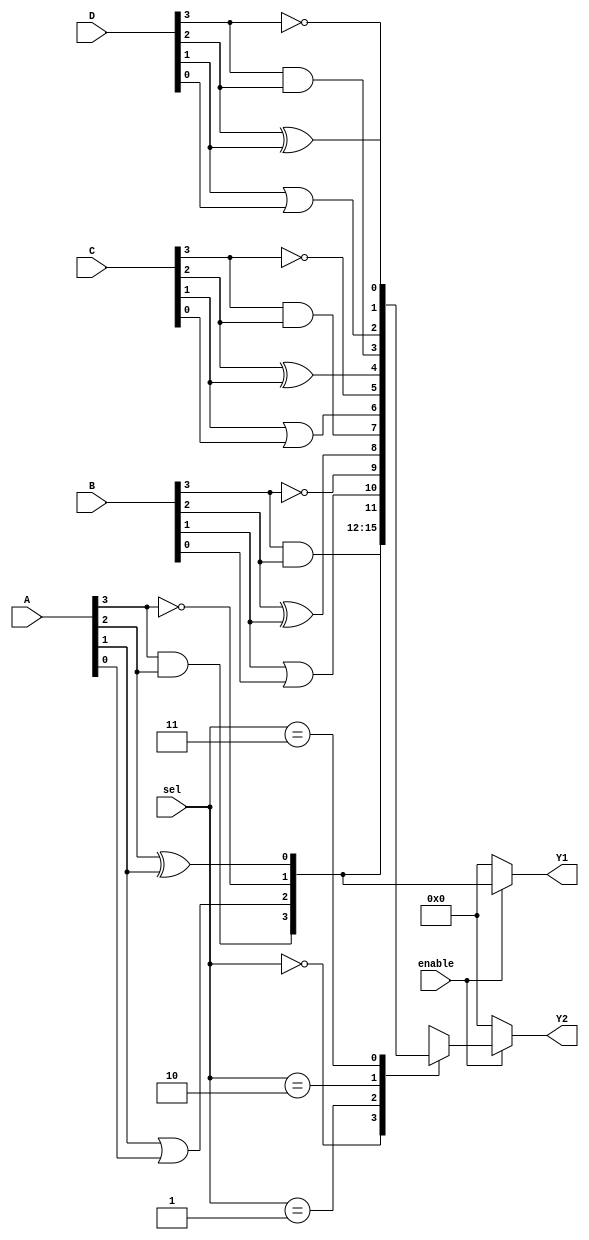
module CLB (
    input wire [3:0] A,    // 4-bit input for LUT1
    input wire [3:0] B,    // 4-bit input for LUT2
    input wire [3:0] C,    // 4-bit input for LUT3
    input wire [3:0] D,    // 4-bit input for LUT4
    input wire [1:0] sel,   // Select signal for MUX
    input wire enable,      // Enable signal for outputs
    output wire [3:0] Y1,   // Output from LUT1
    output wire [3:0] Y2    // Output from MUX
);

// Look-Up Tables (LUTs) implementation
reg [3:0] LUT1;
reg [3:0] LUT2;
reg [3:0] LUT3;
reg [3:0] LUT4;

// Configure LUTs based on input
always @(*) begin
    // Example LUT configurations (truth tables)
    LUT1 = {A[3] & A[2], A[1] | A[0], ~A[3], A[2] ^ A[1]};
    LUT2 = {B[3] & B[2], B[1] | B[0], ~B[3], B[2] ^ B[1]};
    LUT3 = {C[3] & C[2], C[1] | C[0], ~C[3], C[2] ^ C[1]};
    LUT4 = {D[3] & D[2], D[1] | D[0], ~D[3], D[2] ^ D[1]};
end

// Output Y1 from LUT1
assign Y1 = enable ? LUT1 : 4'b0000; // Enable/disable logic

// MUX implementation to select output from LUTs
reg [3:0] mux_out;
always @(*) begin
    case (sel)
        2'b00: mux_out = LUT1;
        2'b01: mux_out = LUT2;
        2'b10: mux_out = LUT3;
        2'b11: mux_out = LUT4;
        default: mux_out = 4'b0000;
    endcase
end

// Output Y2 from MUX
assign Y2 = enable ? mux_out : 4'b0000; // Enable/disable logic

endmodule